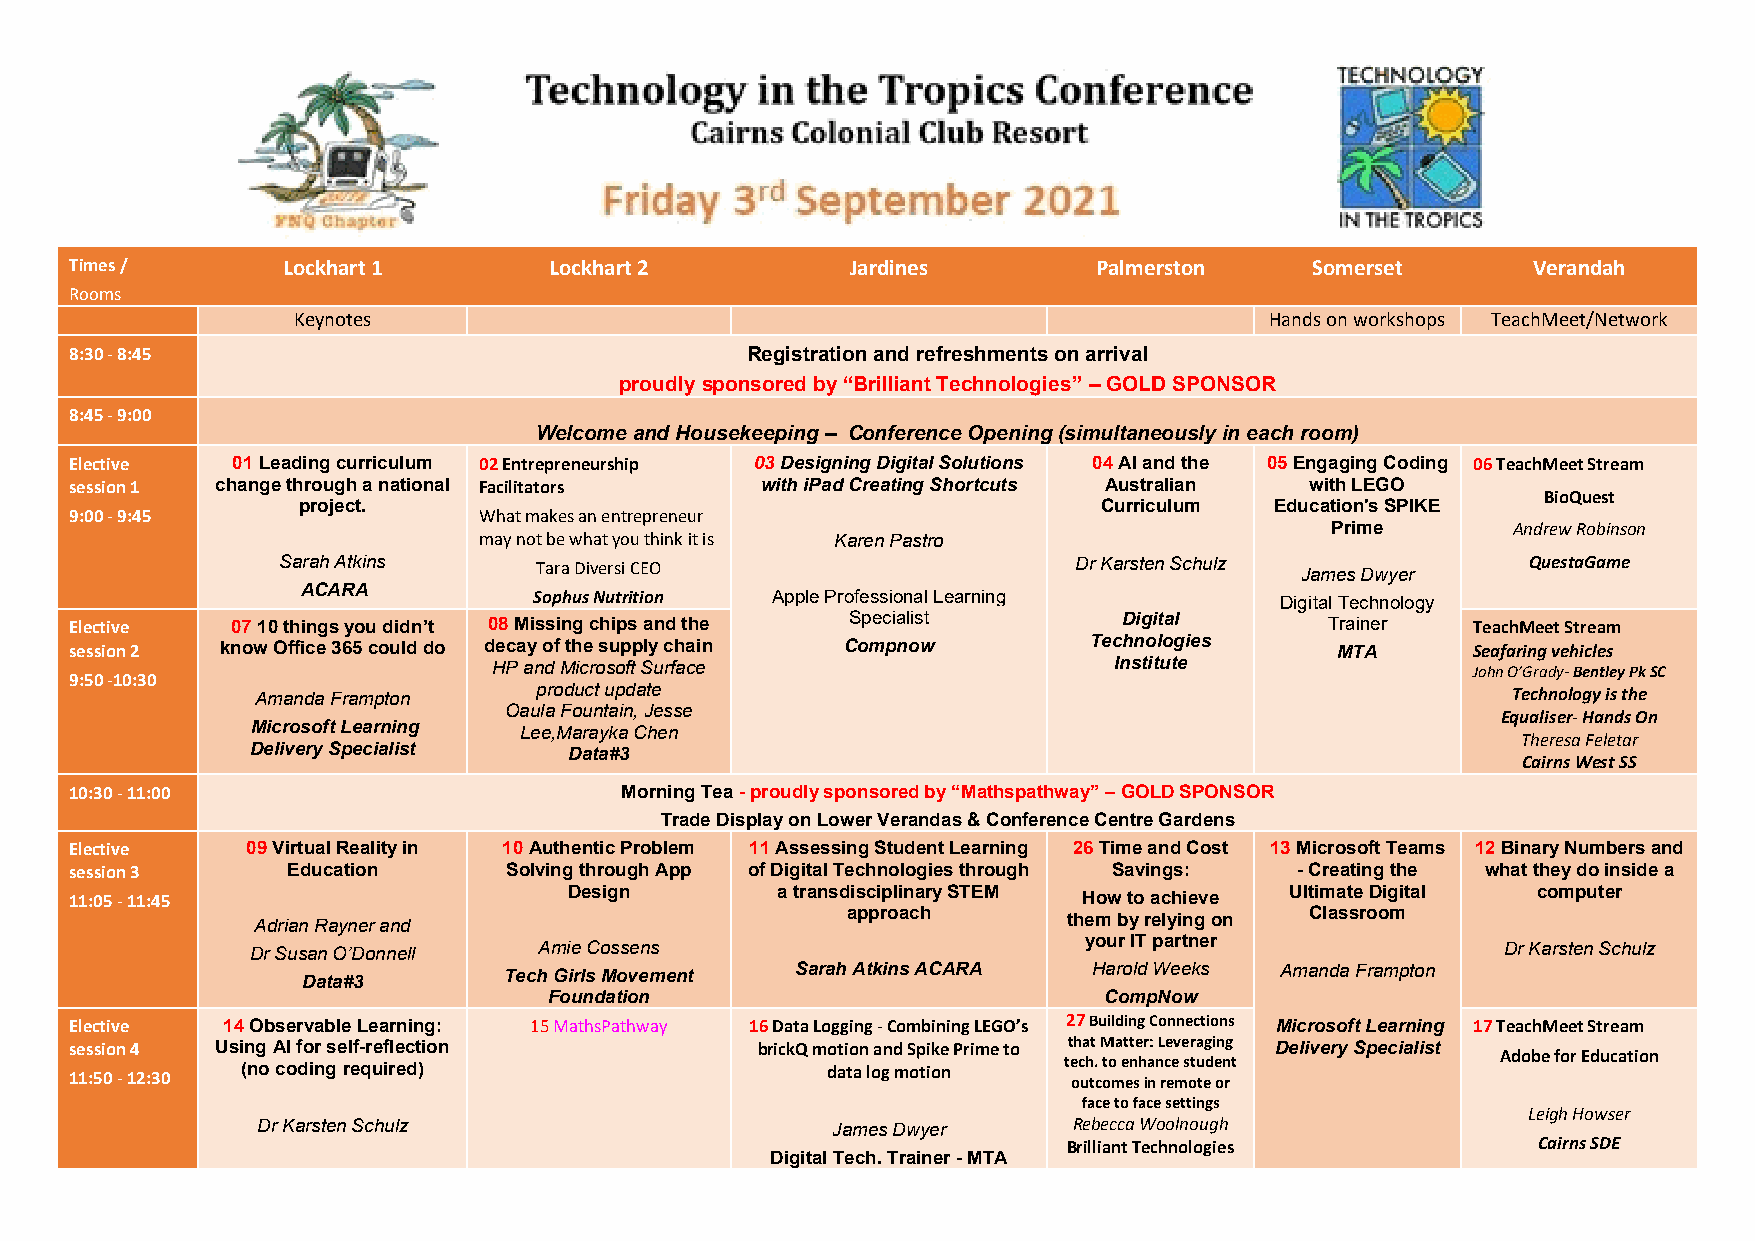
Times /       Lockhart 1       Lockhart 2          Jardines         Palmerston    Somerset      Verandah
 Rooms
 Keynotes                                                         Hands on workshops TeachMeet/Network
 8:30 - 8:45                                 Registration and refreshments on arrival
 proudly sponsored by “Brilliant Technologies” – GOLD SPONSOR
 8:45 - 9:00
 Welcome and Housekeeping – Conference Opening (simultaneously in each room)
 Elective  01 Leading curriculum 02 Entrepreneurship 03 Designing Digital Solutions 04 AI and the 05 Engaging Coding 06 TeachMeet Stream
 session 1 change through a national Facilitators with iPad Creating Shortcuts Australian with LEGO
 BioQuest
 project.                                             Curriculum Education's SPIKE
 9:00 - 9:45                What makes an entrepreneur
 may not be what you think it is Karen Pastro
 Prime       Andrew Robinson
 Sarah Atkins     Tara Diversi CEO                    Dr Karsten Schulz James Dwyer QuestaGame
 ACARA
 Sophus Nutrition Apple Professional Learning      Digital Technology
 Elective  07 10 things you didn’t 08 Missing chips and the Specialist Digital      Trainer  TeachMeet Stream
 session 2 know Office 365 could do decay of the supply chain Compnow Technologies  MTA      Seafaring vehicles
 HP and Microsoft Surface                 Institute              John O’Grady- Bentley Pk SC
 9:50 -10:30
 Amanda Frampton   product update                                                   Technology is the
 Oaula Fountain, Jesse                                             Equaliser- Hands On
 Microsoft Learning Lee,Marayka Chen
 Theresa Feletar
 Delivery Specialist  Data#3
 Cairns West SS
 10:30 - 11:00                       Morning Tea - proudly sponsored by “Mathspathway” – GOLD SPONSOR
 Trade Display on Lower Verandas & Conference Centre Gardens
 Elective   09 Virtual Reality in 10 Authentic Problem 11 Assessing Student Learning 26 Time and Cost 13 Microsoft Teams 12 Binary Numbers and
 session 3     Education     Solving through App of Digital Technologies through Savings: - Creating the what they do inside a
 11:05 - 11:45                    Design       a transdisciplinary STEM How to achieve Ultimate Digital computer
 approach                       Classroom
 Adrian Rayner and
 them by relying on
 Dr Susan O’Donnell Amie Cossens
 your IT partner
 Dr Karsten Schulz
 Data#3       Tech Girls Movement Sarah Atkins ACARA Harold Weeks Amanda Frampton
 Foundation                           CompNow
 Elective  14 Observable Learning: 15 MathsPathway 16 Data Logging - Combining LEGO’s 27 Building Connections Microsoft Learning 17 TeachMeet Stream
 session 4 Using AI for self-reflection       brickQ motion and Spike Prime to that Matter: Leveraging Delivery Specialist Adobe for Education
 11:50 - 12:30 (no coding required)                data log motion te oc uh t. c oto m e en sh ia nn rc ee m s otu ted e on r t
 face to face settings
 Leigh Howser
 Dr Karsten Schulz                     James Dwyer     Rebecca Woolnough
 Brilliant Technologies         Cairns SDE
 Digital Tech. Trainer - MTA